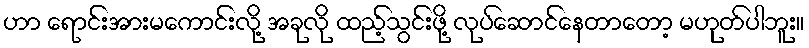
ဟာ ရောင်းအားမကောင်းလို့ အခုလို ထည့်သွင်းဖို့ လုပ်ဆောင်နေတာတော့ မဟုတ်ပါဘူး။